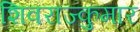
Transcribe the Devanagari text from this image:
शिवराज्कुमार